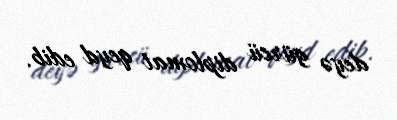
deyə gürcü diplomat qeyd edib.